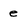
Character: e